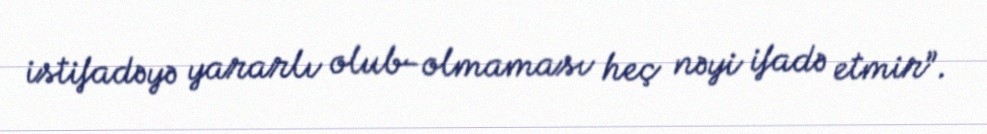
istifadəyə yararlı olub-olmaması heç nəyi ifadə etmir”.